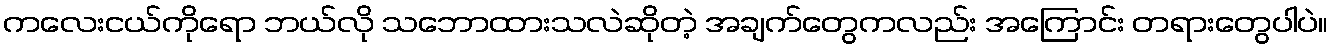
ကလေးငယ်ကိုရော ဘယ်လို သဘောထားသလဲဆိုတဲ့ အချက်တွေကလည်း အကြောင်း တရားတွေပါပဲ။